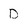
Character: D